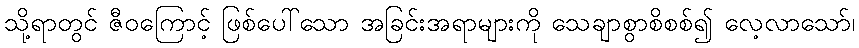
သို့ရာတွင် ဇီဝကြောင့် ဖြစ်ပေါ်သော အခြင်းအရာများကို သေချာစွာစိစစ်၍ လေ့လာသော်၊